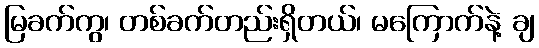
မြခက်ကွ၊ တစ်ခက်တည်းရှိတယ်၊ မကြောက်နဲ့ ချ